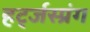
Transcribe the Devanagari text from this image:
हर्ट्जस्प्रंग